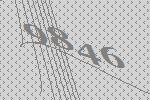
9846